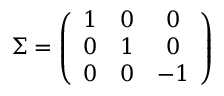
{ \Sigma } = \left( { \begin{array} { c c c } { 1 } & { 0 } & { 0 } \\ { 0 } & { 1 } & { 0 } \\ { 0 } & { 0 } & { - 1 } \end{array} } \right)